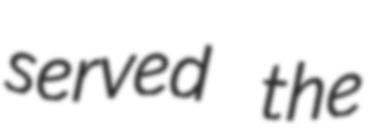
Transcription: served the